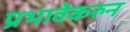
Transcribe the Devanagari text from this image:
प्रभावेकरुन